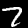
Label: 7